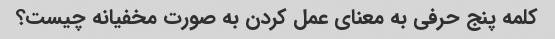
کلمه پنج حرفی به معنای عمل کردن به صورت مخفیانه چیست؟